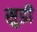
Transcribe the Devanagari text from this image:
सुडी